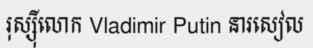
រុស្ស៊ីលោក Vladimir Putin នារសៀល